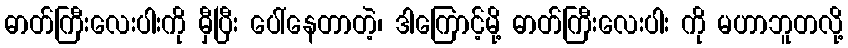
ဓာတ်ကြီးလေးပါးကို မှီပြီး ပေါ်နေတာတဲ့၊ ဒါကြောင့်မို့ ဓာတ်ကြီးလေးပါး ကို မဟာဘူတလို့